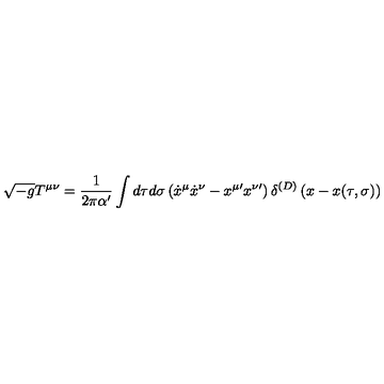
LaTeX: \sqrt { - g } T ^ { \mu \nu } = \frac { 1 } { 2 \pi \alpha ^ { \prime } } \int d \tau d \sigma \left( { \dot { x } } ^ { \mu } { \dot { x } } ^ { \nu } - x ^ { \mu \prime } x ^ { \nu \prime } \right) \delta ^ { ( D ) } \left( x - x ( \tau , \sigma ) \right)